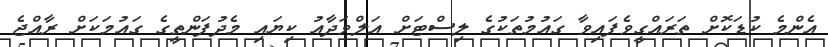
އެންމެ ކުޑަކޮށް ތަރައްގީވެފައިވާ ގައުމުތަކުގެ ލިސްޓަށް އަލްވަދާއު ކިޔައި މެދުފަންތީގެ ގައުމަކަށް ރާއްޖެ